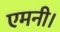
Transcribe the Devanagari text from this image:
एमनी।